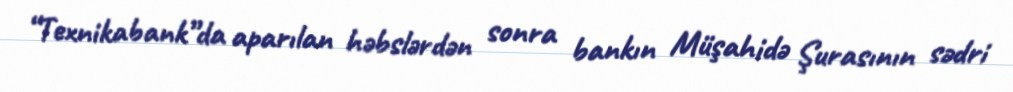
“Texnikabank”da aparılan həbslərdən sonra bankın Müşahidə Şurasının sədri